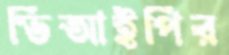
ভিআইপির